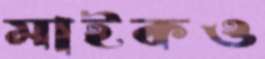
মাইকও